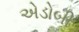
એડોબી